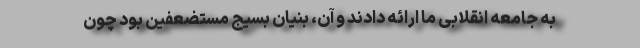
به جامعه انقلابی ما ارائه دادند و آن، بنیان بسیج مستضعفین بود چون